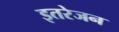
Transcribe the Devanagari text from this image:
इतरेजन